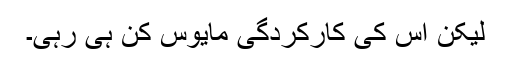
لیکن اس کی کارکردگی مایوس کن ہی رہی۔